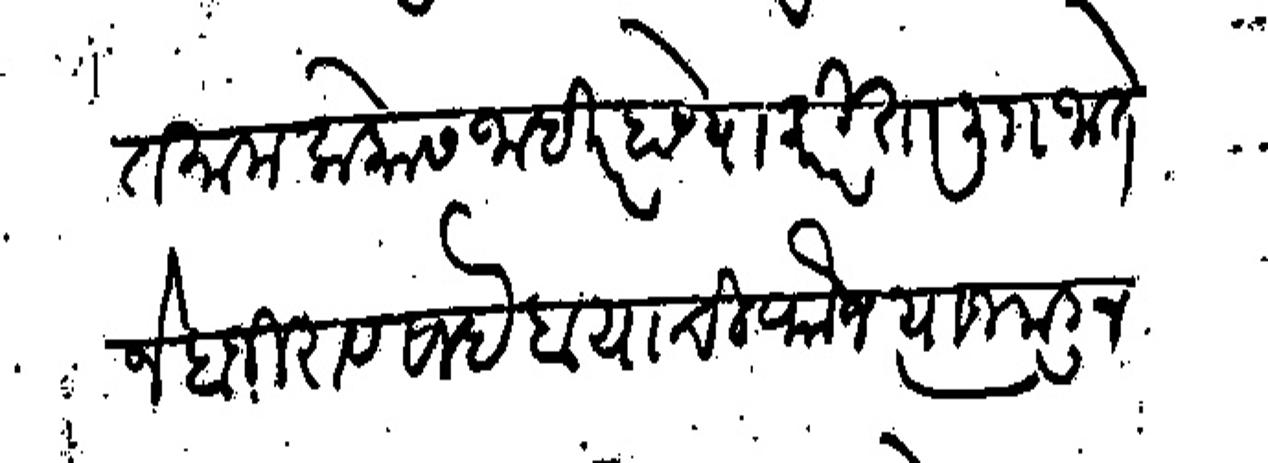
Transliteration (Devanagari): तमाम लोकास जाहीर होण्याकरीता ली जाते जे बाजीराव साहेब याची फौज त्याजकडून